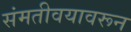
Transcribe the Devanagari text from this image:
संमतीवयावरून